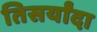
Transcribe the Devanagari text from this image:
तिसर्यांदा